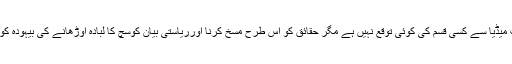
ہمیں پاکستانی الیکٹرانک و پرنٹ میڈیا سے کسی قسم کی کوئی توقع نہیں ہے مگر حقائق کو اس طرح مسخ کرنا اورریاستی بیان کوسچ کا لبادہ اوڑھانے کی بیہودہ کوشش ضرور وضاحت طلب ہے ۔